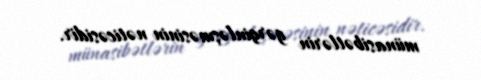
münasibətlərin gərginləşməsinin nəticəsidir.